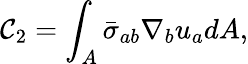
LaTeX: \mathcal{C}_{2}=\int_{A}\bar{{\sigma}}_{ab}\nabla_{b}u_{a}dA,